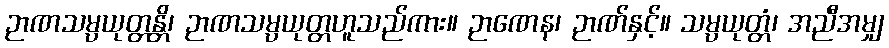
ဉာဏသမ္ပယုတ္တန္တိ၊ ဉာဏသမ္ပယုတ္တဟူသည်ကား။ ဉာဏေန၊ ဉာဏ်နှင့်။ သမ္ပယုတ္တံ၊ အညီအမျှ